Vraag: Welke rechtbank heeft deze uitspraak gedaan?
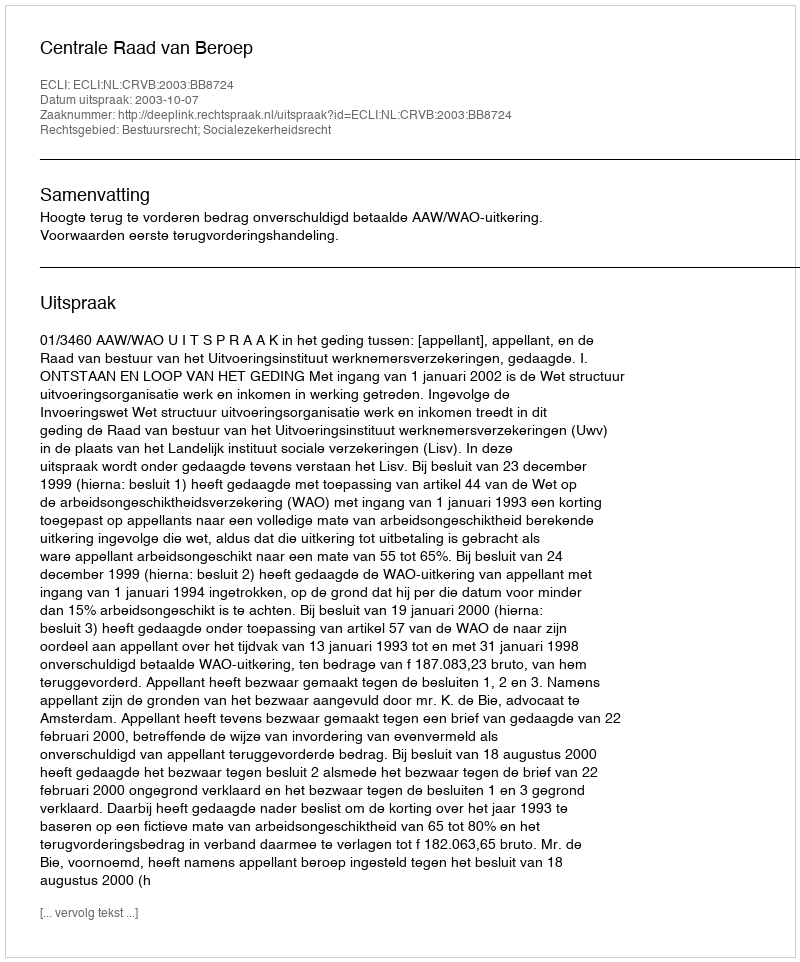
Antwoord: Centrale Raad van Beroep